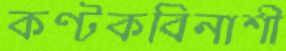
কণ্টকবিনাশী